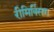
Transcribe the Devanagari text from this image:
रीमिक्सिंग